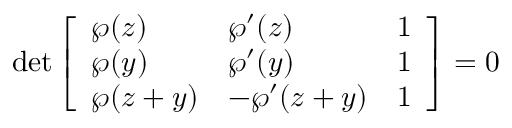
\operatorname* { d e t } { \left[ \begin{array} { l l l } { \wp ( z ) } & { \wp ^ { \prime } ( z ) } & { 1 } \\ { \wp ( y ) } & { \wp ^ { \prime } ( y ) } & { 1 } \\ { \wp ( z + y ) } & { - \wp ^ { \prime } ( z + y ) } & { 1 } \end{array} \right] } = 0